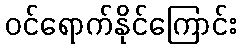
ဝင်ရောက်နိုင်ကြောင်း